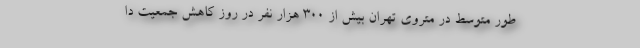
طور متوسط در متروی تهران بیش از ۳۰۰ هزار نفر در روز کاهش جمعیت دا